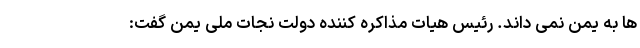
ها به یمن نمی داند. رئیس هیات مذاکره کننده دولت نجات ملی یمن گفت: